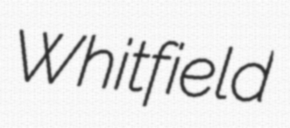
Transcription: Whitfield